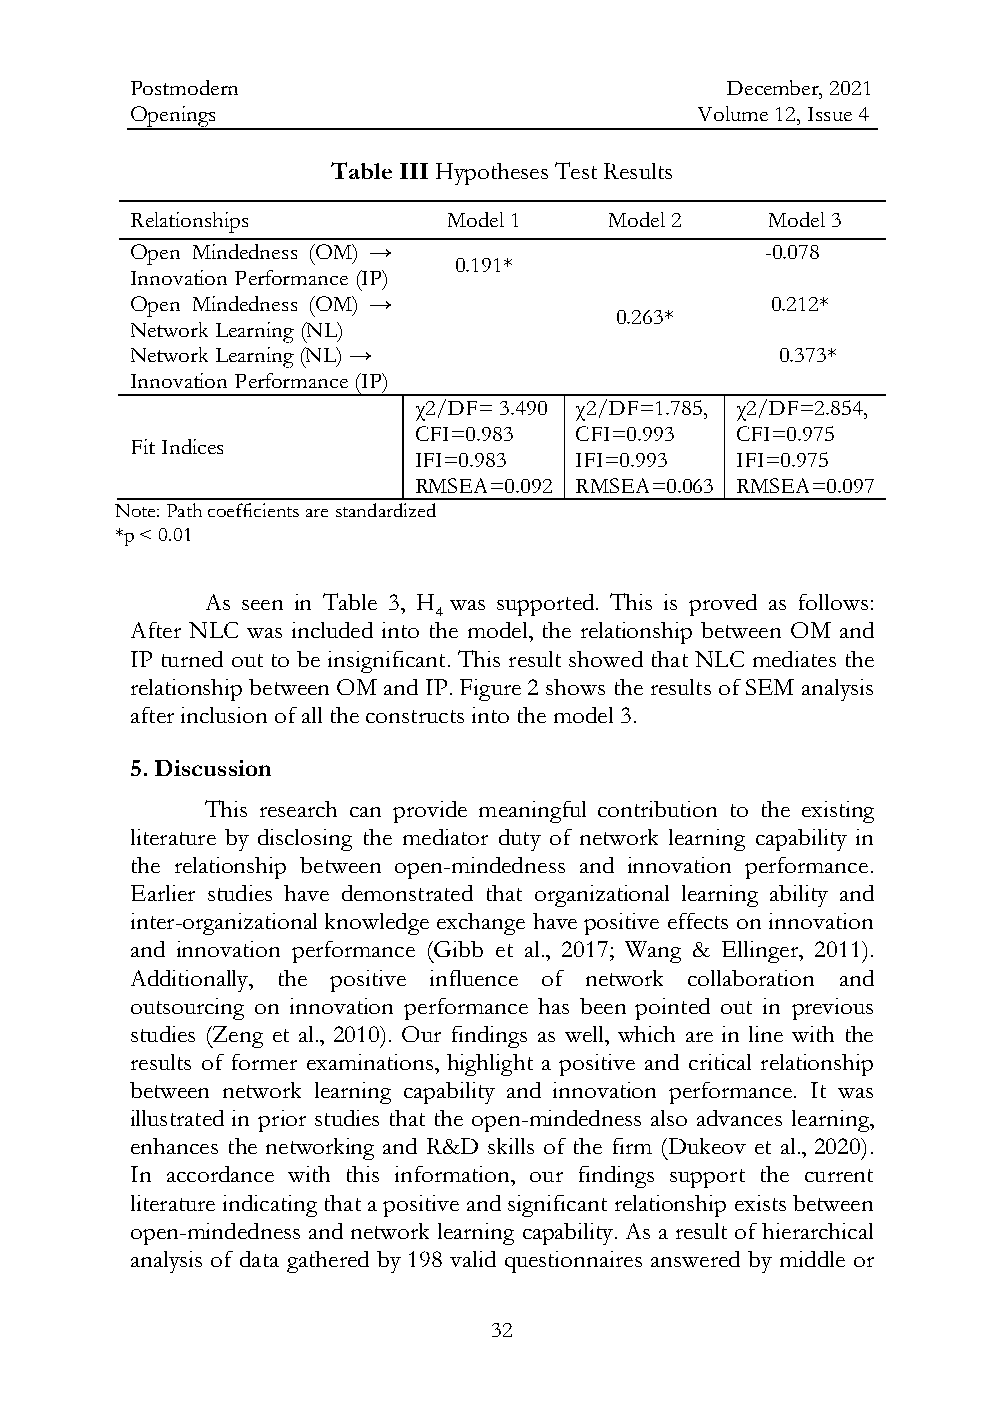
Postmodern                             December, 2021
 Openings                             Volume 12, Issue 4
 Table III Hypotheses Test Results
 Relationships        Model 1   Model 2    Model 3
 Open Mindedness (OM) →                    -0.078
 0.191*
 Innovation Performance (IP)
 Open Mindedness (OM) →                    0.212*
 0.263*
 Network Learning (NL)
 Network Learning (NL) →                    0.373*
 Innovation Performance (IP)
 χ2/DF= 3.490 χ2/DF=1.785, χ2/DF=2.854,
 CFI=0.983  CFI=0.993  CFI=0.975
 Fit Indices
 IFI=0.983  IFI=0.993  IFI=0.975
 RMSEA=0.092 RMSEA=0.063 RMSEA=0.097
 Note: Path coefficients are standardized
 *p < 0.01
 As seen in Table 3, H was supported. This is proved as follows:
 4
 After NLC was included into the model, the relationship between OM and
 IP turned out to be insignificant. This result showed that NLC mediates the
 relationship between OM and IP. Figure 2 shows the results of SEM analysis
 after inclusion of all the constructs into the model 3.
 5. Discussion
 This research can provide meaningful contribution to the existing
 literature by disclosing the mediator duty of network learning capability in
 the relationship between open-mindedness and innovation performance.
 Earlier studies have demonstrated that organizational learning ability and
 inter-organizational knowledge exchange have positive effects on innovation
 and innovation performance (Gibb et al., 2017; Wang & Ellinger, 2011).
 Additionally, the positive influence of network collaboration and
 outsourcing on innovation performance has been pointed out in previous
 studies (Zeng et al., 2010). Our findings as well, which are in line with the
 results of former examinations, highlight a positive and critical relationship
 between network learning capability and innovation performance. It was
 illustrated in prior studies that the open-mindedness also advances learning,
 enhances the networking and R&D skills of the firm (Dukeov et al., 2020).
 In accordance with this information, our findings support the current
 literature indicating that a positive and significant relationship exists between
 open-mindedness and network learning capability. As a result of hierarchical
 analysis of data gathered by 198 valid questionnaires answered by middle or
 32